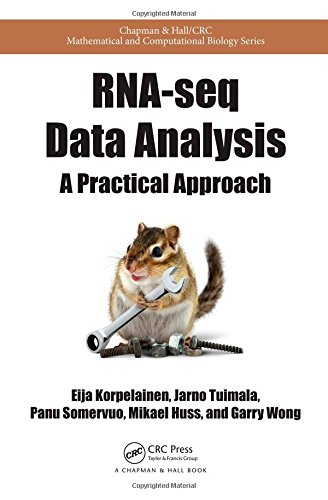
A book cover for RNA-seq Data Analysis: A Practical Approach (Chapman & Hall/CRC Mathematical and Computational Biology); Eija Korpelainen; Computers & Technology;